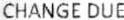
CHANGE DUE